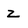
Character: z